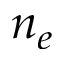
n _ { e }